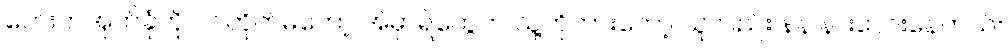
ဘေးကအုတ်ခုံကို ဝင်တိုက်မိတော့ အဲမှာရဲတွေက သူ့ကိုတားတော့ သူလည်း နဲနဲ နားလေးနေတယ်။